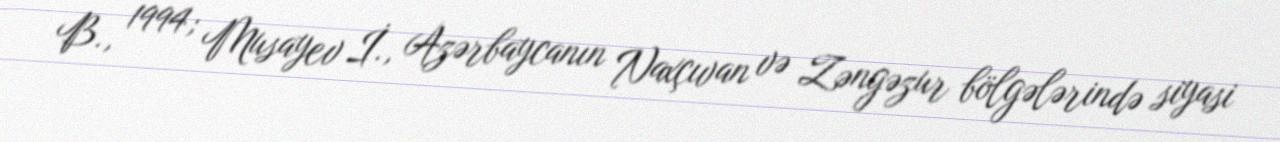
B., 1994; Musayev İ., Azərbaycanın Naxçıvan və Zəngəzur bölgələrində siyasi